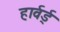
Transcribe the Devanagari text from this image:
हार्वर्ड्